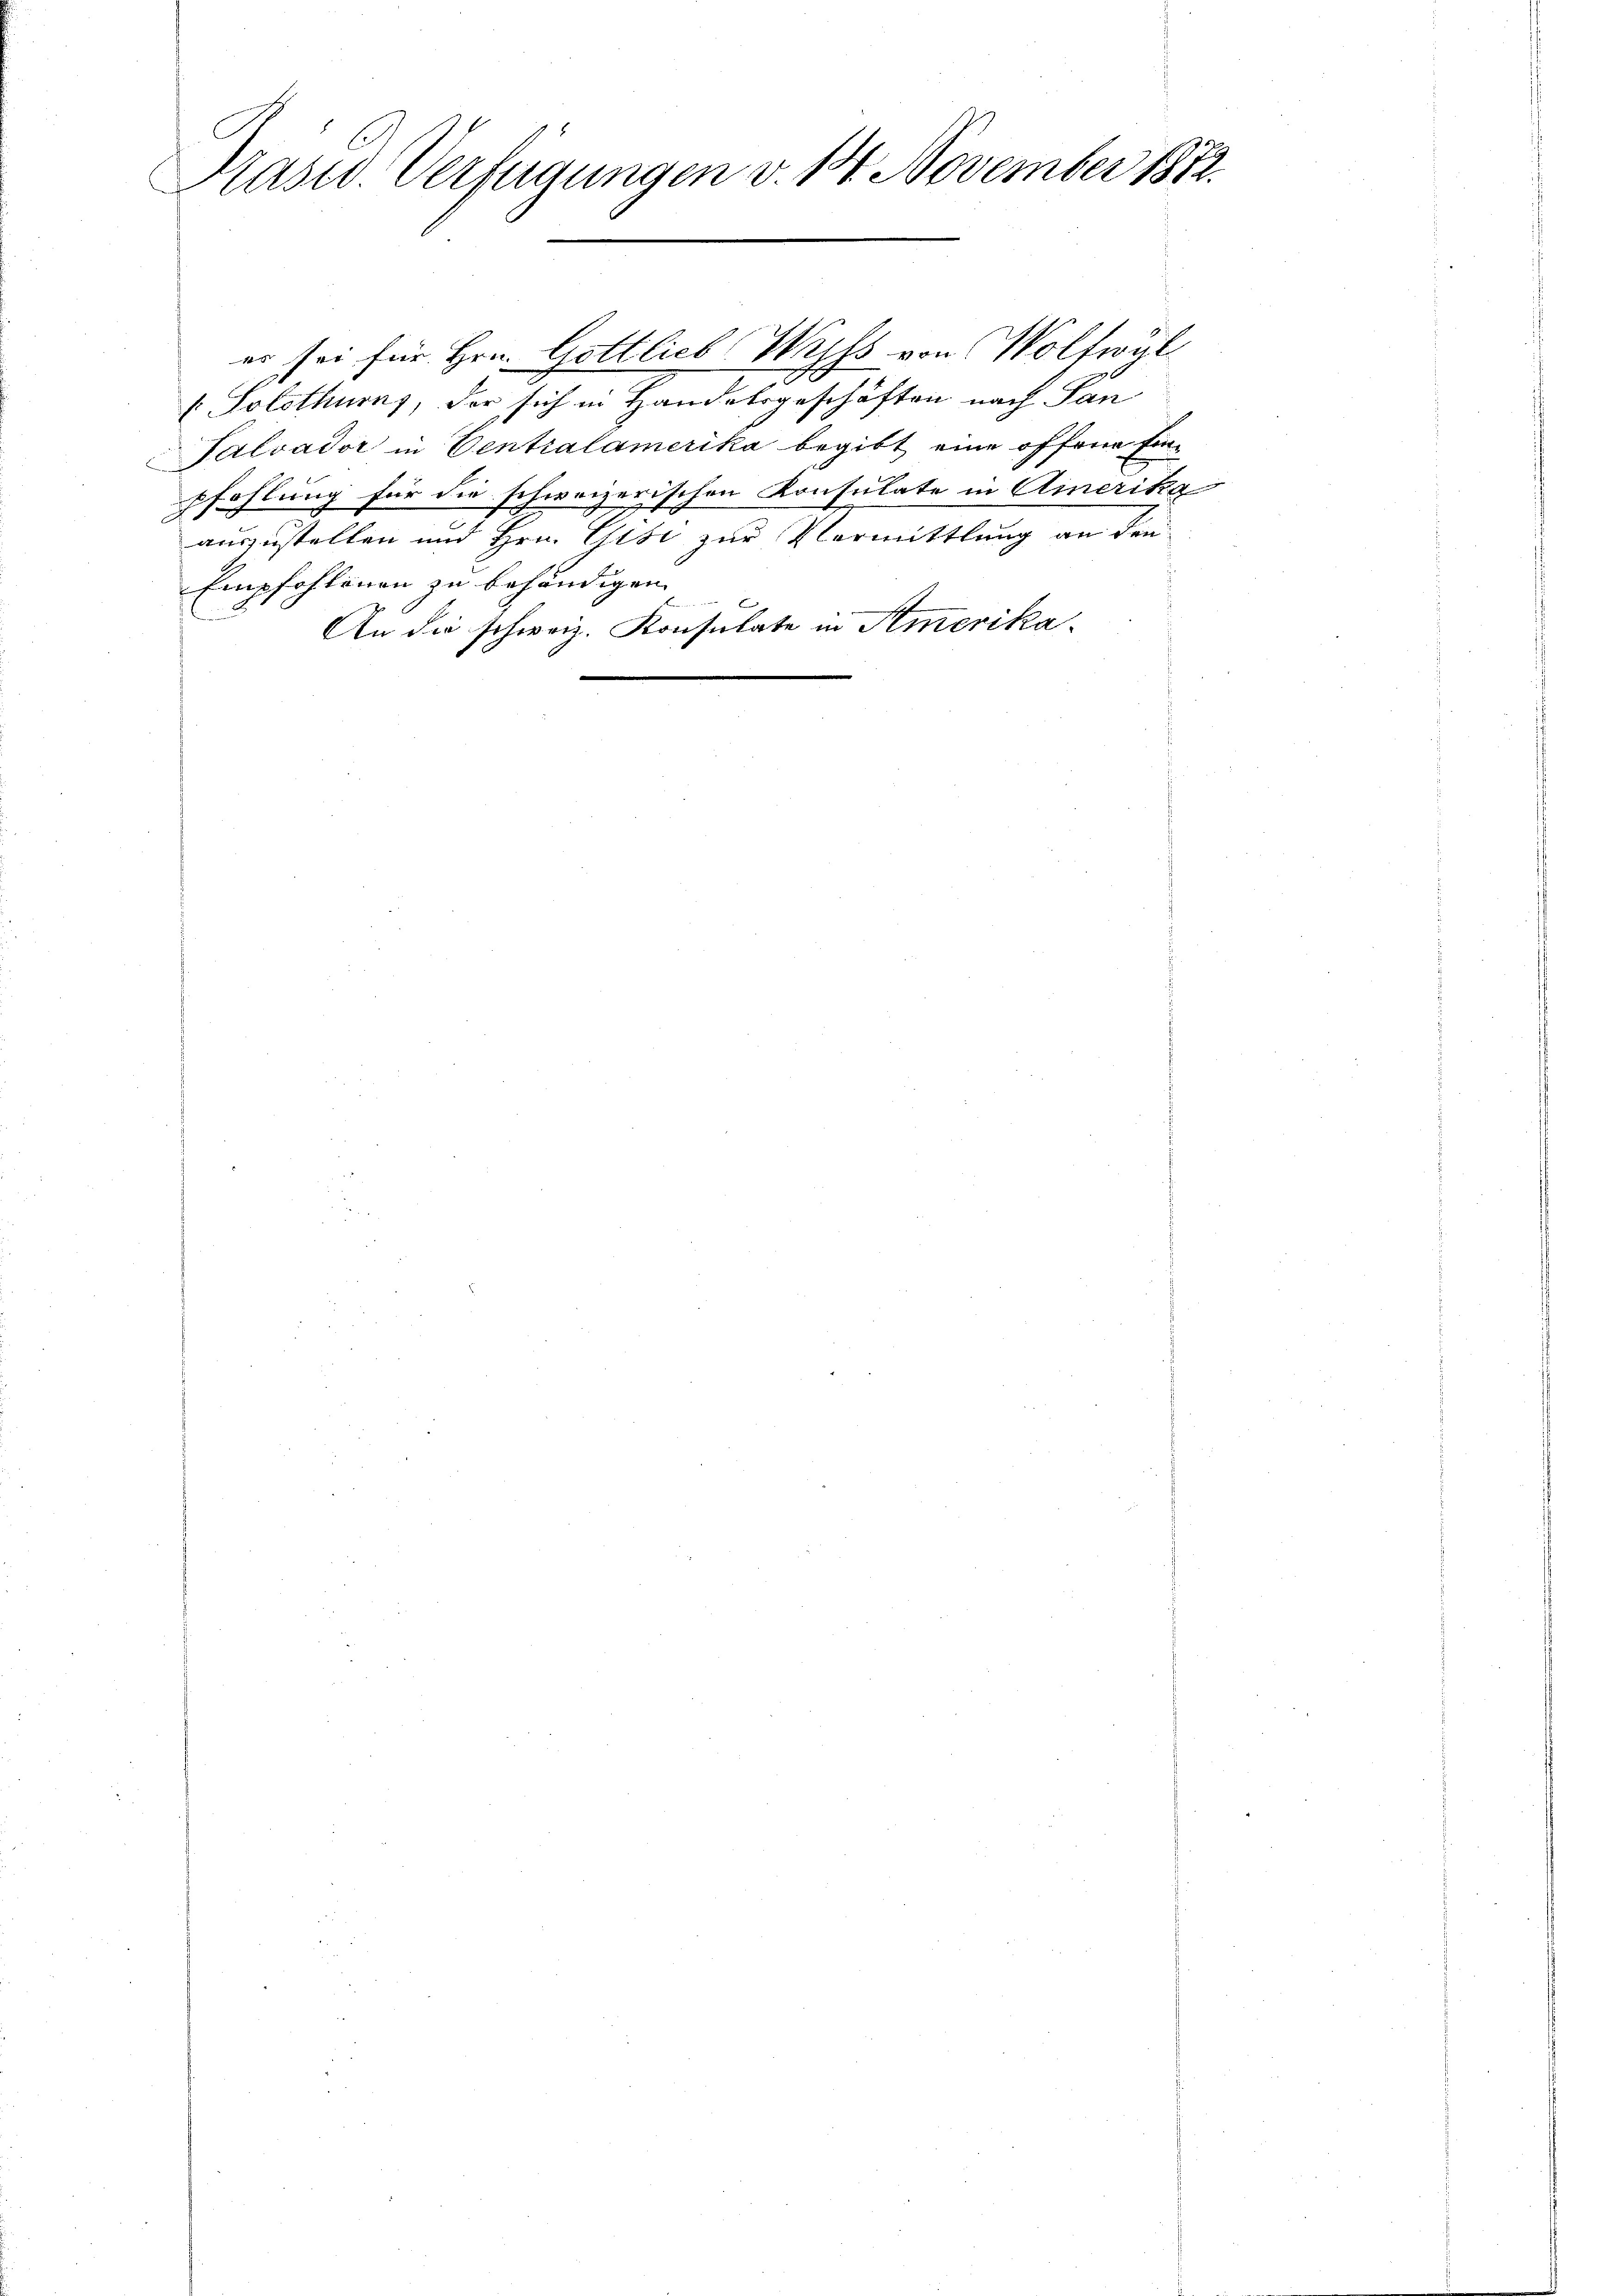
Kasid. Verfügungen v. 14. November 1882.

er sei für Hrn. Gottlieb Wyss von Woltwyl
e
(Solothurns, der sich in Handelsgeschäften nach Pan
Salvador in Centralamerika begibt eine offene Einpfehlung für die schweizerischen Konsulate in Amerika
Er
auszustellen und Hrn. Gisi zur Vormittlung an den
Empfohlenen zu behändigen
An die schweiz. Konsulate in Amerika-